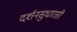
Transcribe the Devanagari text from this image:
दर्शनसुधारसी